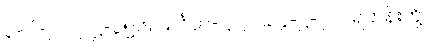
၃-ပါ-၂၂၂၊ ဋ္ဌ-၃၅၆။ သင်္ဂဟ-ဋ္ဌ၂၂၁။ ၄-ဋ္ဌ-၇၂။ ရဟန်းတို့